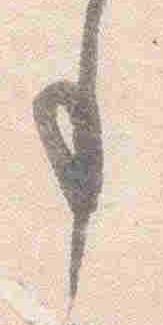
事